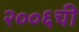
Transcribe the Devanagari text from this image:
२००६ची